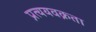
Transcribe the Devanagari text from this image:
प्रत्ययवक्रता